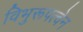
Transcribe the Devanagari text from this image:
विभुरूपत्वेन